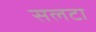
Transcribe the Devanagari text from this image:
सलटा